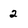
Character: 2